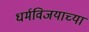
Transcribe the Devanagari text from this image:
धर्मविजयाच्या